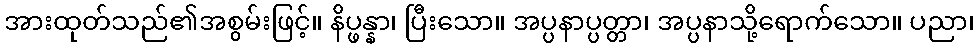
အားထုတ်သည်၏အစွမ်းဖြင့်။ နိပ္ဖန္နာ၊ ပြီးသော။ အပ္ပနာပ္ပတ္တာ၊ အပ္ပနာသို့ရောက်သော။ ပညာ၊